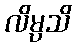
လိမ္ပသိ